Lunatic asylums United Provinces 1909-1921 - 1909-1921
Year: 1909
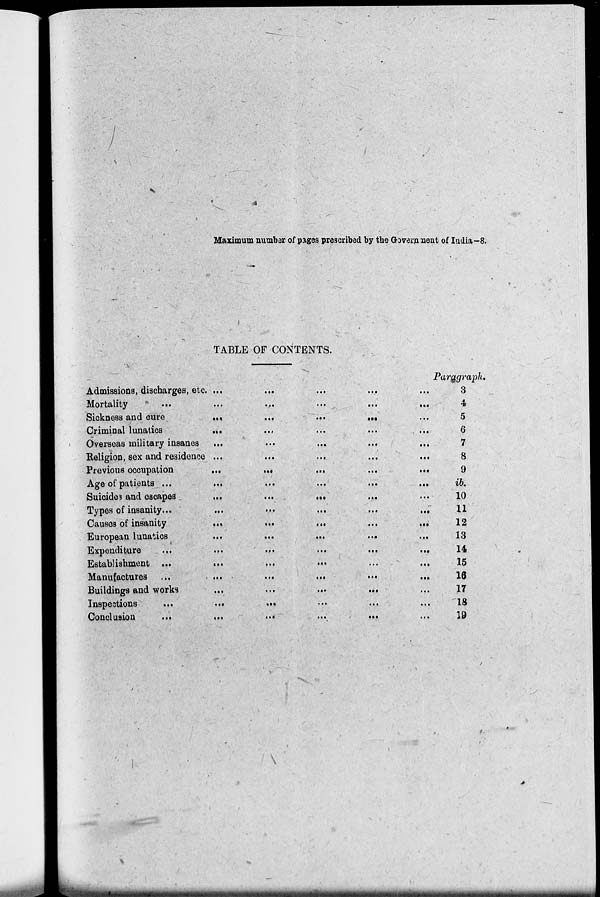
Maximum number of pages prescribed by the Government of India-8.
TABLE OF CONTENTS.
Admissions, discharges, etc. ... ... ... ... ...
Mortality
...
...
...
...
...
...
Sickness and cure ... ... ... ... ...
Criminal lunatics ... ... ... ... ...
Overseas military insanes ...
...
...
... ...
Religion, sex and residence ...
...
...
...
...
Previous occupation
...
...
...
...
...
Age of patients ...
...
...
...
...
...
Suicides and escaped
...
...
...
...
Types of insanity
...
...
...
...
...
...
Causes of insanity
...
...
...
...
...
European lunatics
...
...
...
...
...
Expenditure
...
...
...
...
...
...
Establishment
...
...
...
...
...
...
Manufactures ...
...
...
...
...
...
Buildings and works
...
...
...
...
Inspections
...
...
...
...
...
...
Conclusion
...
...
...
...
...
...
Paragraph.
3
4
5
6
7
8
9
ib.
10
11
12
13
14
15
16
17
18
19